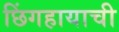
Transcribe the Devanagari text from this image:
छिंगहायाची